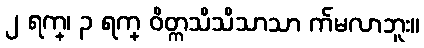
၂ ရက္၊ ၃ ရက္ ဝိတ္ကသိသိသာသာ က်မလာဘူး။